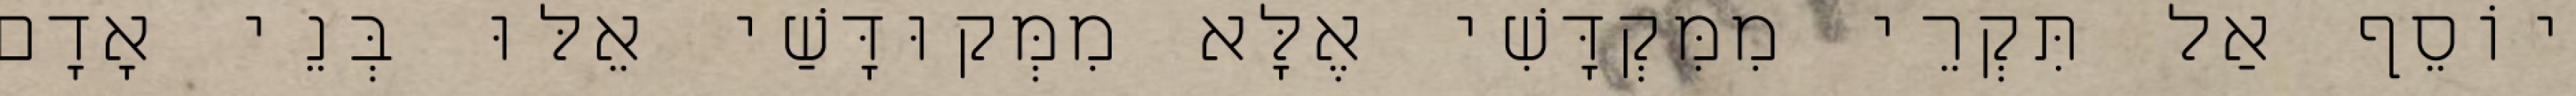
יוֹסֵף אַל תִּקְרֵי מִמִּקְדָּשִׁי אֶלָּא מִמְּקוּדָּשַׁי אֵלּוּ בְּנֵי אָדָם